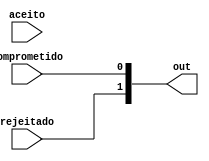
module coder_mensage(aceito, comprometido, rejeitado, out);
  output [1:0] out;
  input aceito, comprometido, rejeitado;
  
  assign out[0] = comprometido;
  assign out[1] = rejeitado;
	
endmodule